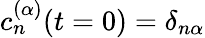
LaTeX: c_{n}^{(\alpha)}(t=0)=\delta_{n\alpha}